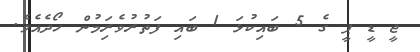
ޖީ ޑީ ޕީ ގެ 5 ބައިކުޅަ 1 ބައި ފަތުރުވެރިަމުން ހޯދެއެވެ.